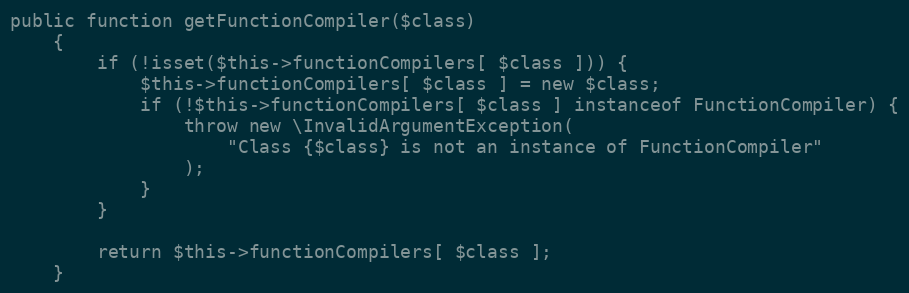
Language: PHP
public function getFunctionCompiler($class)
    {
        if (!isset($this->functionCompilers[ $class ])) {
            $this->functionCompilers[ $class ] = new $class;
            if (!$this->functionCompilers[ $class ] instanceof FunctionCompiler) {
                throw new \InvalidArgumentException(
                    "Class {$class} is not an instance of FunctionCompiler"
                );
            }
        }

        return $this->functionCompilers[ $class ];
    }